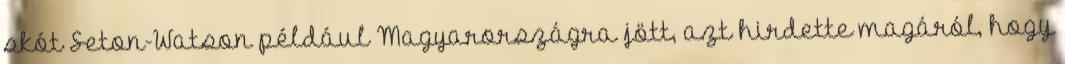
skót Seton-Watson például Magyarországra jött, azt hirdette magáról, hogy